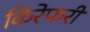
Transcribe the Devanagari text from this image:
किरेफरी